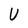
Character: U